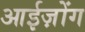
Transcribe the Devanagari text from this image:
आईज़ोंग